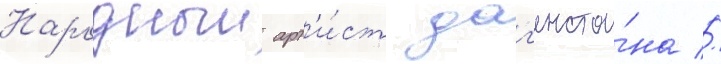
Народныи арт'и́ст даг'еста́на //